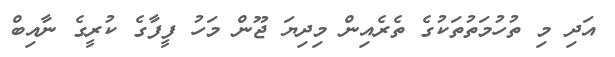
އަދި މި ތުހުމަތުތަކުގެ ތެރެއިން މިދިޔަ ޖޫން މަހު ފީފާގެ ކުރީގެ ނާއިބް